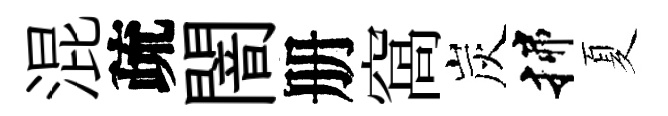
混疏闇册窩炭揲夏